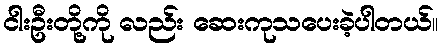
ငါးဦးတို့ကို လည်း ဆေးကုသပေးခဲ့ပါတယ်။